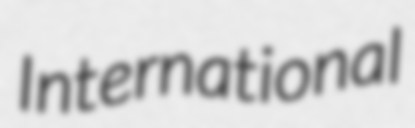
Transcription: International